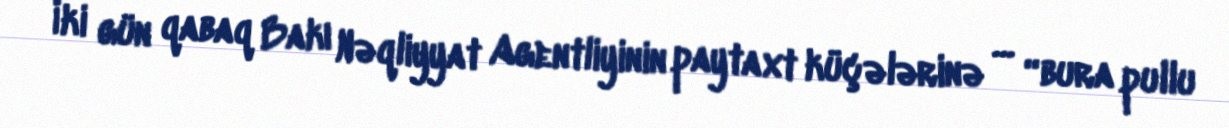
İki gün qabaq Bakı Nəqliyyat Agentliyinin paytaxt küçələrinə ... “bura pullu